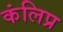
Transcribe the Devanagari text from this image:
कंलिप्र